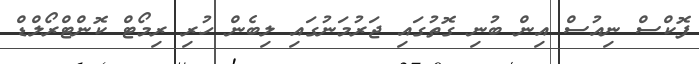
ފޮކްސް ނިއުސް އިން ބުނި ގޮތުގައި ޖަރުމަނުގައި ލިބެން ހުރި ރިމޯޓް ކޮންޓްރޯލްޑް